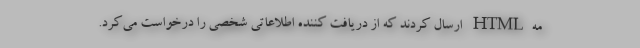
مهHTML ارسال کردند که از دریافت کننده اطلاعاتی شخصی را درخواست می‌کرد.